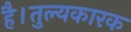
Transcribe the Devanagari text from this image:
है।तुल्यकारक